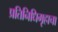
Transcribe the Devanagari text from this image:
प्रतिनिधिगृहाचा